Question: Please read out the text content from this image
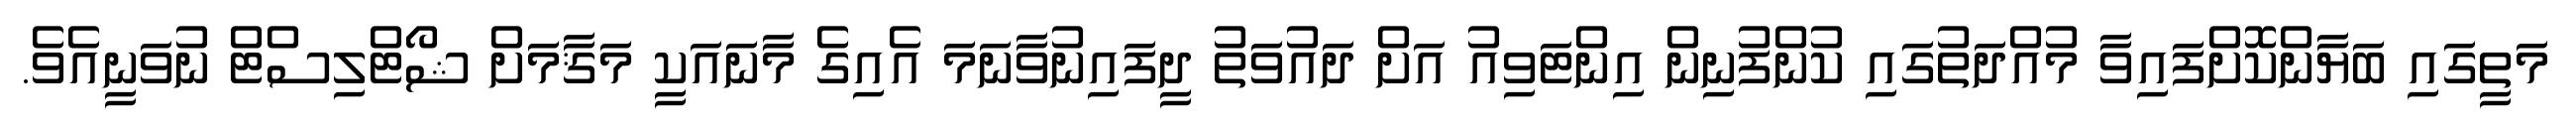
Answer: މަތީގައި ބަޔާންކޮށްފައިވާ މުއްދަތުގައި ކުންފުނިން އިންޓަވިއު އަށް ދައުވަތު ދީފައިނުވާނަމަ އެއިގެ މާނައަކީ މަޤާމަށް ޝޯޓްލިސްޓް ނުވަނީއެވެ.